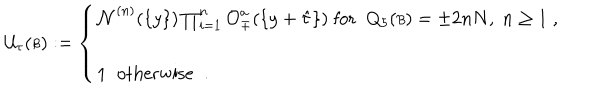
{ \cal U } _ { \tau } ( { \scriptstyle { \cal B } } ) : = \left\{ \begin{array} { l } { { { \cal N } ^ { ( n ) } ( \{ y \} ) \prod _ { i = 1 } ^ { n } { \cal O } _ { \mp } ^ { a } ( \{ y + \hat { \tau } \} ) \; \mathrm { f o r } \; \; Q _ { 5 } ( { \scriptstyle { \cal B } } ) = \pm 2 n N , \; n \geq 1 \; , } } \\ { { \; } } \\ { { 1 \; \; \mathrm { o t h e r w i s e } \; \; . } } \\ \end{array} \right.